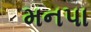
મનપા